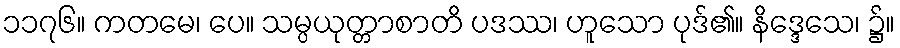
၁၁၇၆။ ကတမေ၊ ပေ။ သမ္ပယုတ္တာစာတိ ပဒဿ၊ ဟူသော ပုဒ်၏။ နိဒ္ဒေသေ၊ ၌။